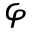
\varphi